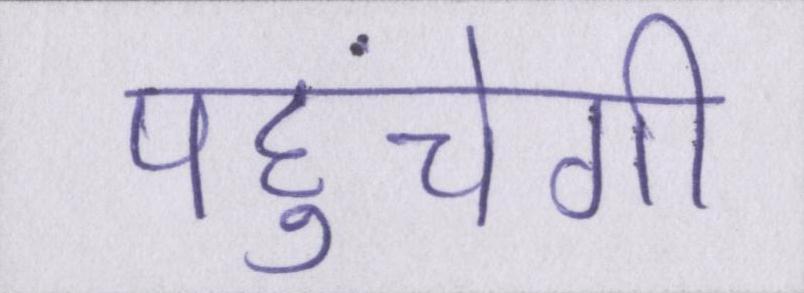
पहुंचेगी